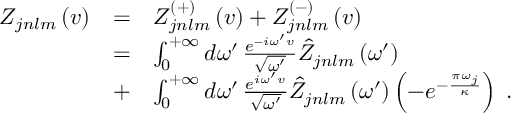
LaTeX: \begin{array} { l c l } { { Z _ { j n l m } \left( v \right) } } & { { = } } & { { Z _ { j n l m } ^ { \left( + \right) } \left( v \right) + Z _ { j n l m } ^ { \left( - \right) } \left( v \right) } } \\ { { \ } } & { { = } } & { { \int _ { 0 } ^ { + \infty } d \omega ^ { \prime } \, \frac { e ^ { - i \omega ^ { \prime } v } } { \sqrt { \omega ^ { \prime } } } \hat { Z } _ { j n l m } \left( \omega ^ { \prime } \right) } } \\ { { \ } } & { { + } } & { { \int _ { 0 } ^ { + \infty } d \omega ^ { \prime } \, \frac { e ^ { i \omega ^ { \prime } v } } { \sqrt { \omega ^ { \prime } } } \hat { Z } _ { j n l m } \left( \omega ^ { \prime } \right) \left( - e ^ { - { \frac { \pi \omega _ { j } } { \kappa } } } \right) \; . } } \end{array}